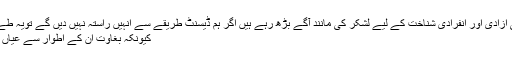
اپنے اردگرد دیکیے افراد اپنی شخصی ازادی اور انفرادی شناخت کے لیے لشکر کی مانند آگے بڑھ رہے ہیں اگر ہم ڈیسنٹ طریقے سے انہیں راستہ نہیں دیں گے تویہ طے ہے کہ ہم انہیں روک نہیں پائیں گے
کیونکہ بغاوت ان کے اطوار سے عیاں ہے اور فتح انکی پیشانیوں پہ ثبت ہے